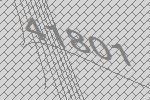
41801